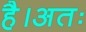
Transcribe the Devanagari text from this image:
है।अतः